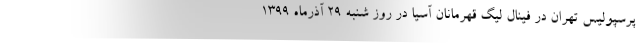
پرسپولیس تهران در فینال لیگ قهرمانان آسیا در روز شنبه ۲۹ آذرماه 1399